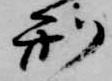
刑